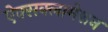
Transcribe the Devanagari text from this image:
ऐक्सक्लामेशन